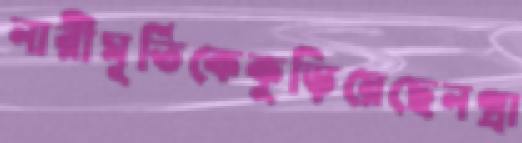
নারীমূর্তিকেকুড়িয়েছেনগ্রা